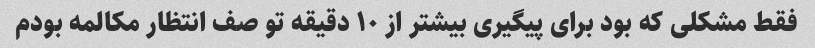
فقط مشکلی که بود برای پیگیری بیشتر از ۱۰ دقیقه تو صف انتظار مکالمه بودم